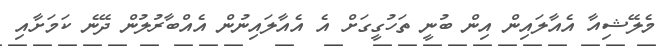
މެލޭޝިއާ އެއާލައިން އިން ބުނީ ތަހުގީގަށް އެ އެއާލައިނުން އެއްބާރުލުން ދޭނެ ކަމަށާއި